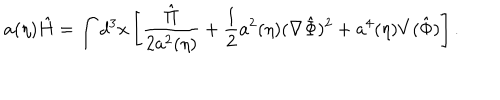
a ( \eta ) \hat { H } = \int d ^ { 3 } x \left[ \frac { \hat { \Pi } } { 2 a ^ { 2 } ( \eta ) } + \frac { 1 } { 2 } a ^ { 2 } ( \eta ) ( \nabla \hat { \Phi } ) ^ { 2 } + a ^ { 4 } ( \eta ) V ( \hat { \Phi } ) \right] .